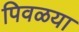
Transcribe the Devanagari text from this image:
पिवळया